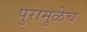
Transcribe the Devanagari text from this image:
पुरामुळेच